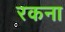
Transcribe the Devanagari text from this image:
रकना